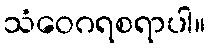
သံဝေဂရစရာပါ။